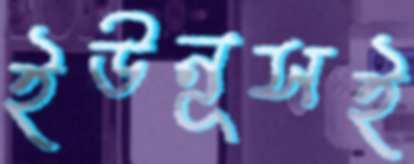
ইউনূসই